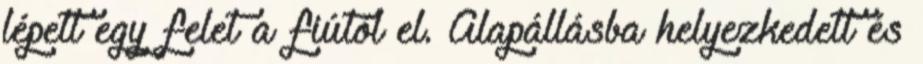
lépett egy felet a fiútól el. Alapállásba helyezkedett és